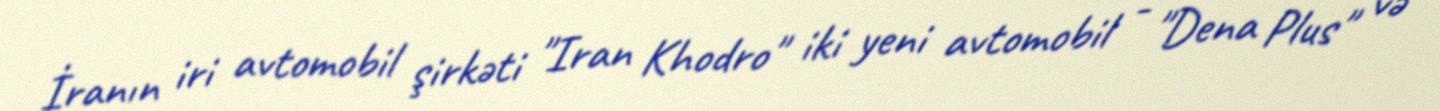
İranın iri avtomobil şirkəti "Iran Khodro" iki yeni avtomobil - "Dena Plus" və